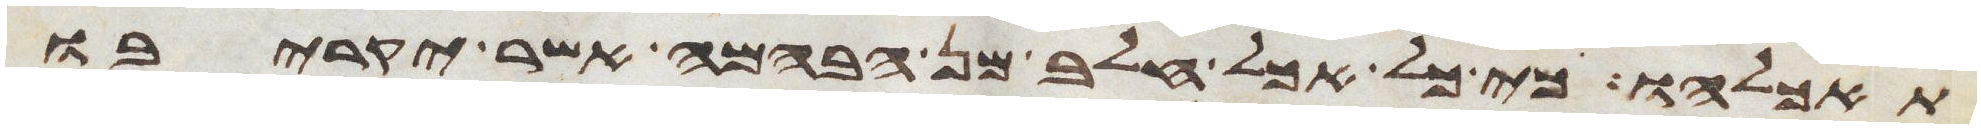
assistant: תאכלהו כי כל אכל חלב מן הבהמה אשר יקריבו